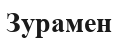
Зурамен